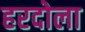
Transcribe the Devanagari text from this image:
हरदोला